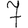
Digit: 7